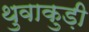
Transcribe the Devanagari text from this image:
थुवाकुड़ी